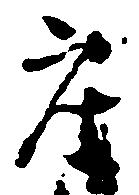
座